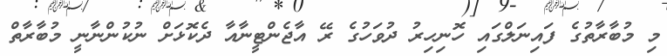
މި މުބާރާތުގެ ފައިނަލްގައި ހޮނިހިރު ދުވަހުގެ ރޭ އާޖެންޓީނާއާ ދެކޮޅަށް ނުކުންނާނީ މުބާރާތް